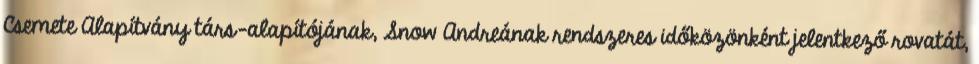
Csemete Alapítvány társ-alapítójának, Snow Andreának rendszeres időközönként jelentkező rovatát,